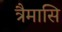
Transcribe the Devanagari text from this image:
त्रैमासि